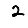
Digit: 2